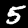
Digit: 5